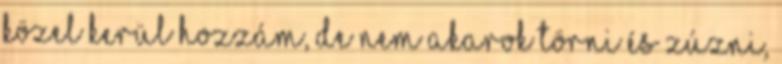
közel kerül hozzám, de nem akarok törni és zúzni,